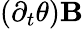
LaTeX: (\partial_{t}\theta)\mathbf{B}